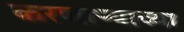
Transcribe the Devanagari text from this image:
करणार्‍याच्या